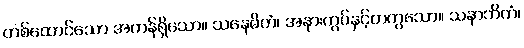
တစ်ထောင်သော အကန်ရှိသော။ သနေမိတံ၊ အနားကွပ်နှင့်တကွသော။ သနာဘိကံ၊